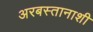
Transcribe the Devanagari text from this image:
अरबस्तानाशी